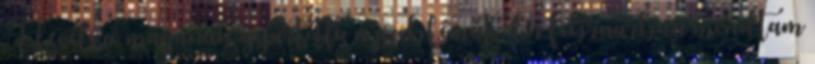
A levélíró magának gyártotta a problémát. Én februárban mondtam